DOW-UAP-D48, Department of the Air Force Report, 1996
Agency: Department of War
Incident date: 9/10/96
Page 45
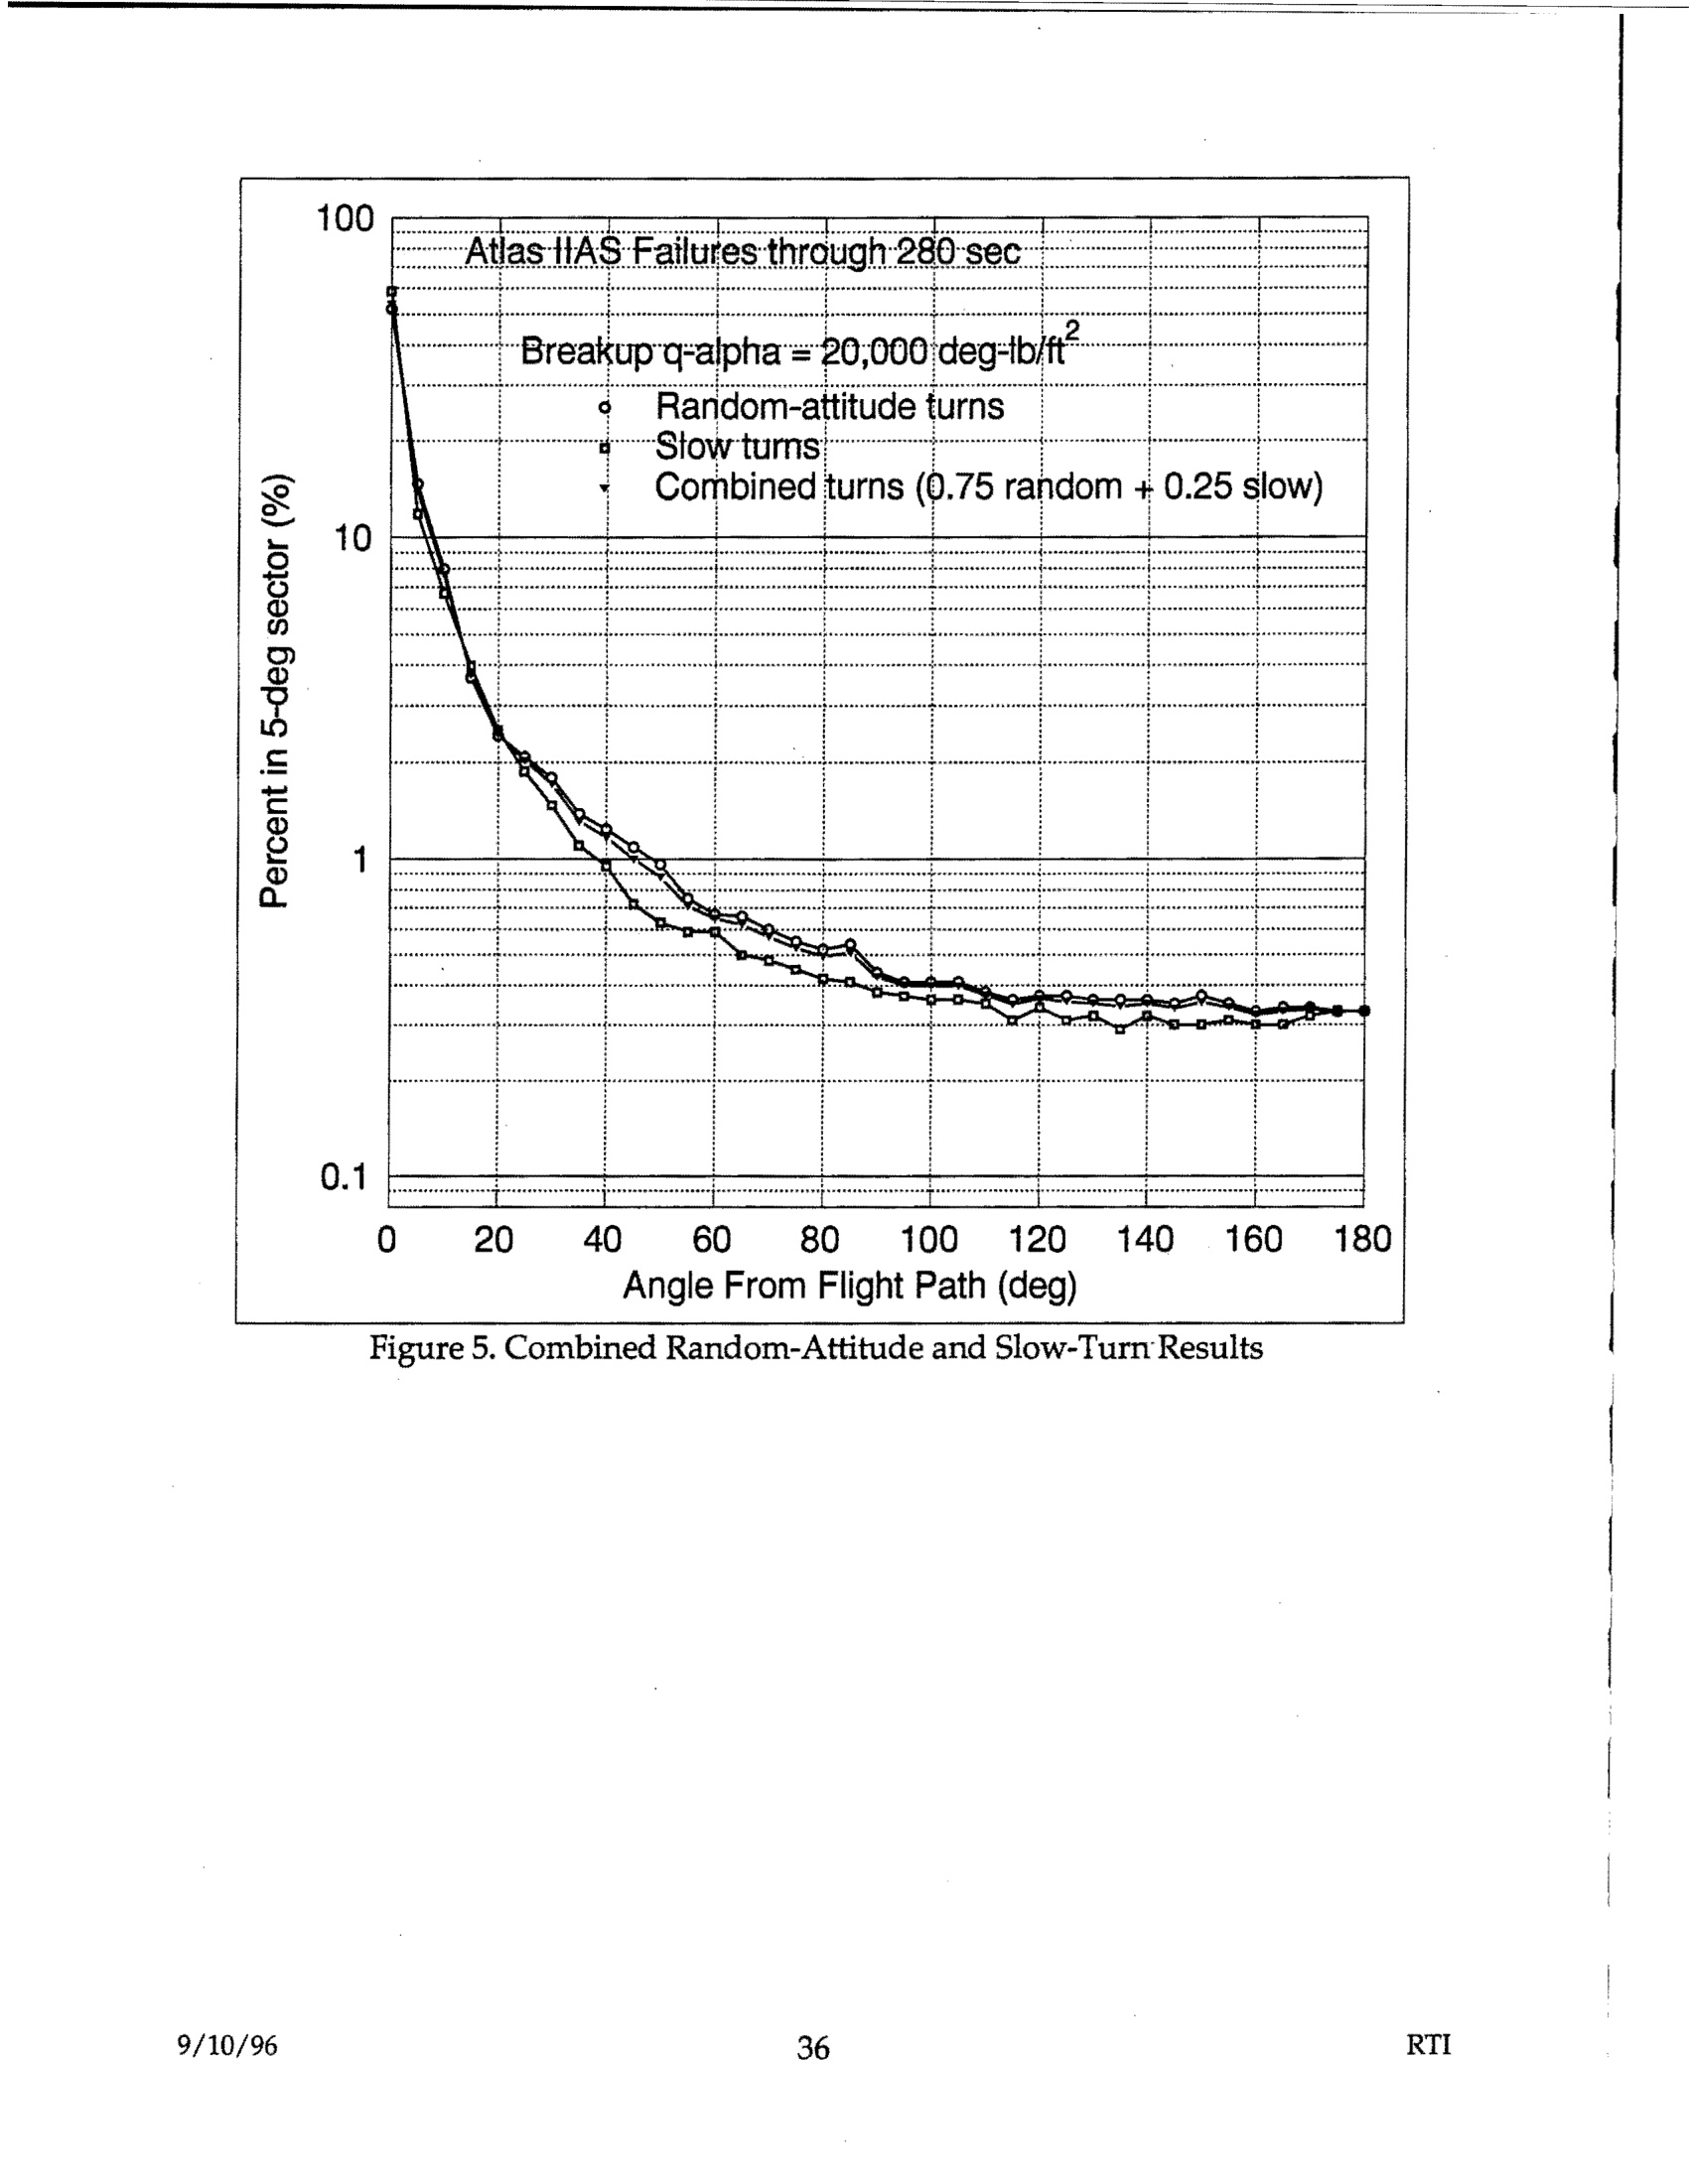